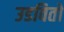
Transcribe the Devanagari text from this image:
उडवितो